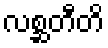
လစ္ဆတီတိ